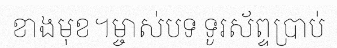
ខាងមុខ។ម្ចាស់បទ ទូរស័ព្ទប្រាប់